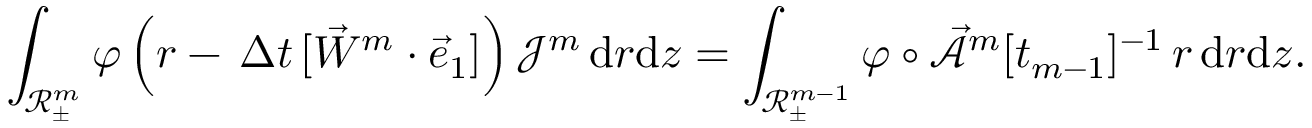
\int _ { \mathscr { R } _ { \pm } ^ { m } } \varphi \, \Bigl ( r - \, \Delta t \, [ \vec { W } ^ { m } \cdot \vec { e } _ { 1 } ] \Bigr ) \, \mathcal { J } ^ { m } \, \mathrm { d } r \mathrm { d } z = \int _ { \mathscr { R } _ { \pm } ^ { m - 1 } } \varphi \circ \mathcal { \vec { A } } ^ { m } [ t _ { m - 1 } ] ^ { - 1 } \, r \, \mathrm { d } r \mathrm { d } z .